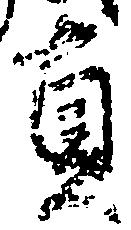
貞